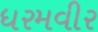
ધરમવીર